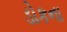
ડોકના